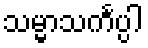
သမ္မာသင်္ကပ္ပါ